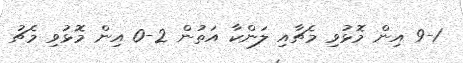
9-1 އިން މޮޅުވި މެޗާއި ލަންކާ އަތުން 2-0 އިން މޮޅުވި މެޗު